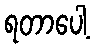
ရတာပေါ့